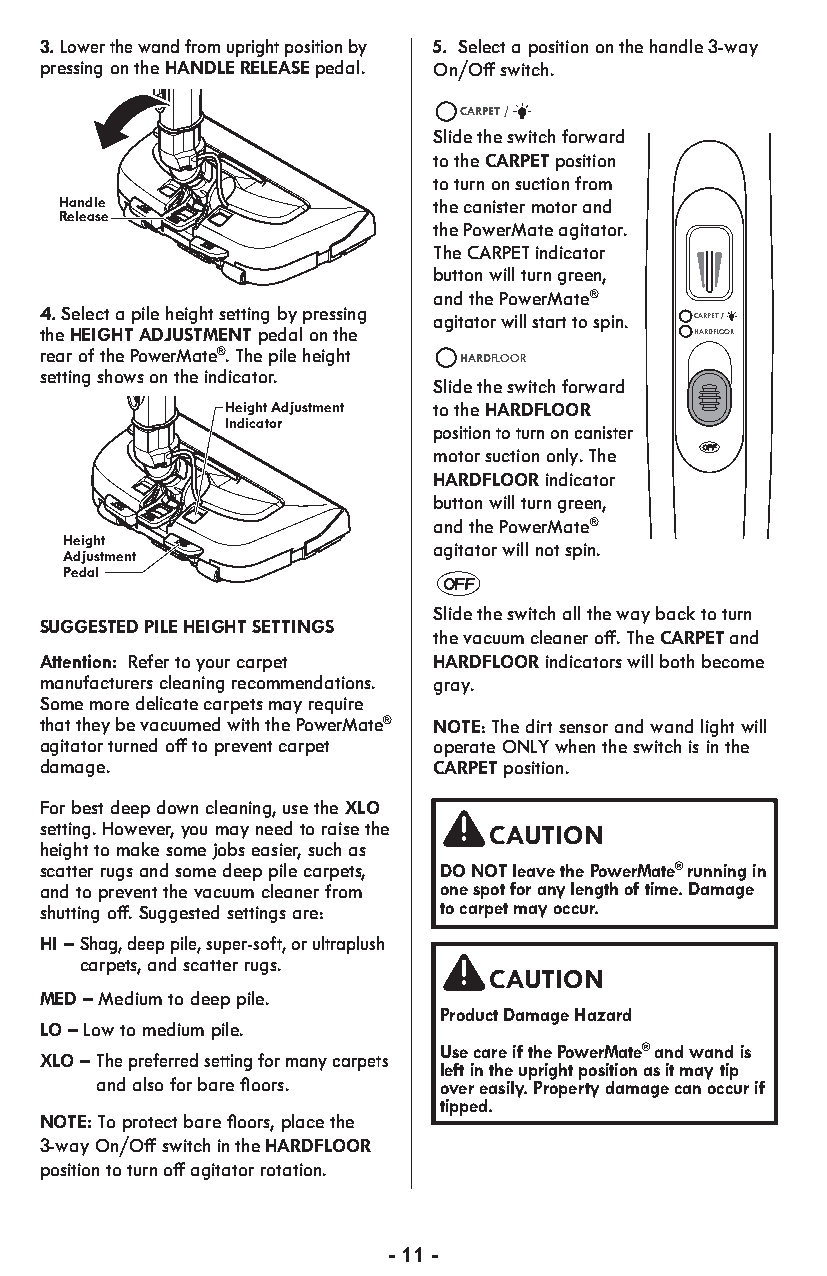
3. Lower the wand from upright position by 5. Select a position on the handle 3-way
 pressing on the HANDLE RELEASEpedal. On/Off switch.
 CARPET /
 Slide the switch forward
 to the CARPET position
 to turn on suction from
 Handle                   the canister motor and
 Release RELEBARSUESH
 RELHEAANSDELE     the PowerMate agitator.
 ADHJEUISGTHT    The CARPET indicator
 button will turn green,
 and the PowerMate®
 4. Select a pile height setting by pressing
 agitator will start to spin. CARPET /
 the HEIGHT ADJUSTMENT pedal on the         HARDFLOOR
 rear of the PowerMate®. The pile height
 HARDFLOOR
 setting shows on the indicator.
 Slide the switch forward
 Height Adjustment to the HARDFLOOR
 Indicator
 position to turn on canister
 motor suction only. The
 HARDFLOOR indicator
 button will turn green,
 RELEBARSUESH
 RELHEAANSDELE       and the PowerMate®
 Height
 Adjustment
 ADHJEUISGTHT      agitator will not spin.
 Pedal
 Slide the switch all the way back to turn
 SUGGESTED PILE HEIGHT SETTINGS
 the vacuum cleaner off. The CARPET and
 Attention: Refer to your carpet HARDFLOOR indicators will both become
 manufacturers cleaning recommendations. gray.
 Some more delicate carpets may require
 that they be vacuumed with the PowerMate® NOTE: The dirt sensor and wand light will
 agitator turned off to prevent carpet operate ONLY when the switch is in the
 damage.                   CARPET position.
 For best deep down cleaning, use the XLO
 setting. However, you may need to raise the CAUTION
 height to make some jobs easier, such as
 scatter rugs and some deep pile carpets, DO NOT leave the PowerMate® running in
 and to prevent the vacuum cleaner from one spot for any length of time. Damage
 shutting off. Suggested settings are: to carpet may occur.
 HI – Shag, deep pile, super-soft, or ultraplush
 carpets, and scatter rugs.
 CAUTION
 MED – Medium to deep pile.
 Product Damage Hazard
 LO – Low to medium pile.
 Use care if the PowerMate® and wand is
 XLO – The preferred setting for many carpets
 left in the upright position as it may tip
 and also for bare floors. over easily. Property damage can occur if
 tipped.
 NOTE: To protect bare floors, place the
 3-way On/Off switch in the HARDFLOOR
 position to turn off agitator rotation.
 - 11 -